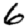
Digit: 6